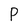
Character: P